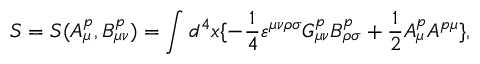
{ \cal S } = { \cal S } ( A _ { \mu } ^ { p } , B _ { \mu \nu } ^ { p } ) = \int { d ^ { 4 } } x \{ - \frac { 1 } { 4 } { \varepsilon } ^ { \mu \nu \rho \sigma } G _ { \mu \nu } ^ { p } B _ { \rho \sigma } ^ { p } + \frac { 1 } { 2 } A _ { \mu } ^ { p } A ^ { p \mu } \} ,